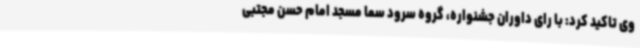
وی تاکید کرد: با رای داوران جشنواره، گروه سرود سما مسجد امام حسن مجتبی